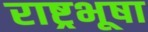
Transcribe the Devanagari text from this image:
राष्ट्रभूषा